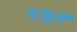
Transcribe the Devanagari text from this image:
हजुरी